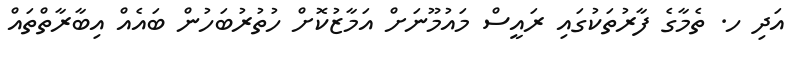
އަދި ހ. ތެމާގެ ފާރުތަކުގައި ރައީސް މައުމޫނަށް އަމާޒުކޮށް ހުތުރުބަހުން ބައެއް އިބާރާތްތައް